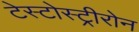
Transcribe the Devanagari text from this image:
टेस्टोस्ट्रीरोन